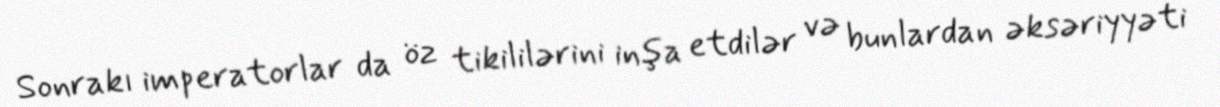
Sonrakı imperatorlar da öz tikililərini inşa etdilər və bunlardan əksəriyyəti